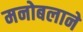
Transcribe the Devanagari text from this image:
मनोबलाने